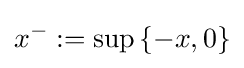
x^{-}:=\sup \left\{-x,0\right\}